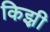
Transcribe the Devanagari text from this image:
किझ़ी